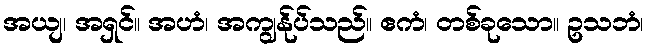
အယျ၊ အရှင်။ အဟံ၊ အကျွန်ုပ်သည်။ ဧကံ၊ တစ်ခုသော။ ဥသဘံ၊